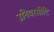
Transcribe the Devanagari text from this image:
उनिवरसीटि